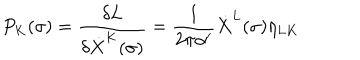
P _ { K } ( \sigma ) = \frac { \delta L } { \delta \dot { X } ^ { K } ( \sigma ) } = \frac { 1 } { 2 \pi \alpha ^ { \prime } } \dot { X } ^ { L } ( \sigma ) \eta _ { L K }